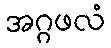
အဂ္ဂဖလံ